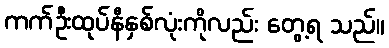
ကက်ဦးထုပ်နီနှစ်လုံးကိုလည်း တွေ့ရ သည်။